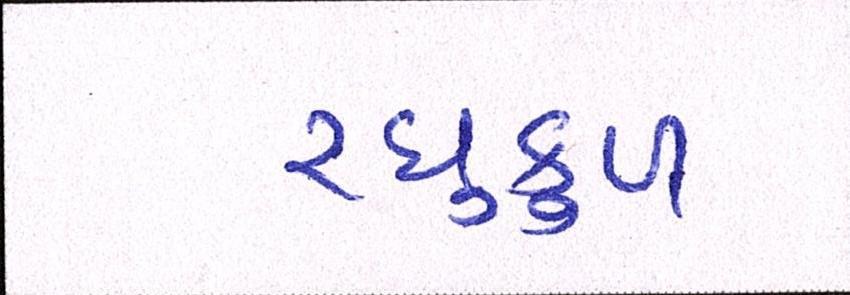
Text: રઘુકુળ